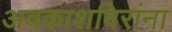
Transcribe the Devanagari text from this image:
अवकाशविरांना